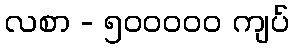
လစာ - ၅၀၀၀၀၀ ကျပ်